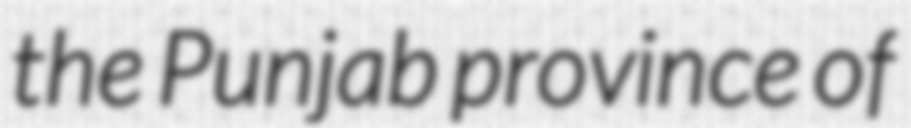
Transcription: the Punjab province of